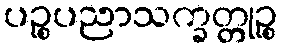
ပဉ္စပညာသက္ခတ္တုဉ္စ